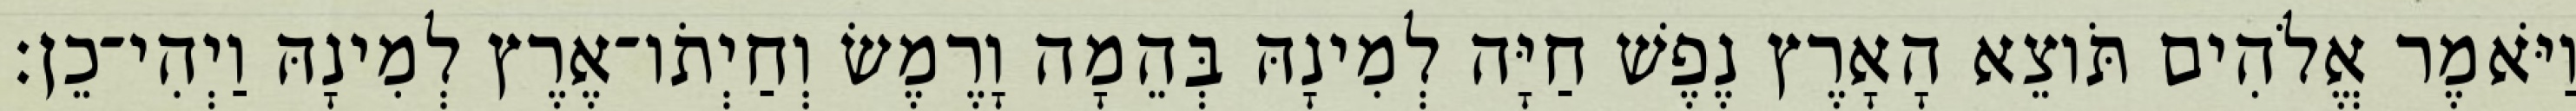
וַיֹּאמֶר אֱלֹהִים תֹּוצֵא הָאָרֶץ נֶפֶשׁ חַיָּה לְמִינָהּ בְּהֵמָה וָרֶמֶשׂ וְחַיְתֹו־אֶרֶץ לְמִינָהּ וַיְהִי־כֵן׃